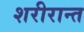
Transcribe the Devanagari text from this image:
शरीरान्त